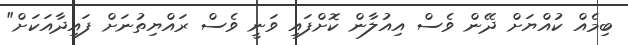
ބިމެއް ކުއްޔަށް ދޭން ވެސް އިއުލާން ކޮށްފައި ވަނީ ވެސް ރައްޔިތުނަށް ފައިދާއަކަށް"